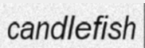
candlefish